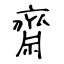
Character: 齋